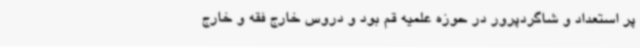
پر استعداد و شاگردپرور در حوزه علمیه قم بود و دروس خارج فقه و خارج